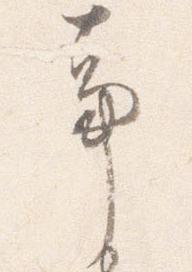
事